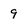
Character: 9